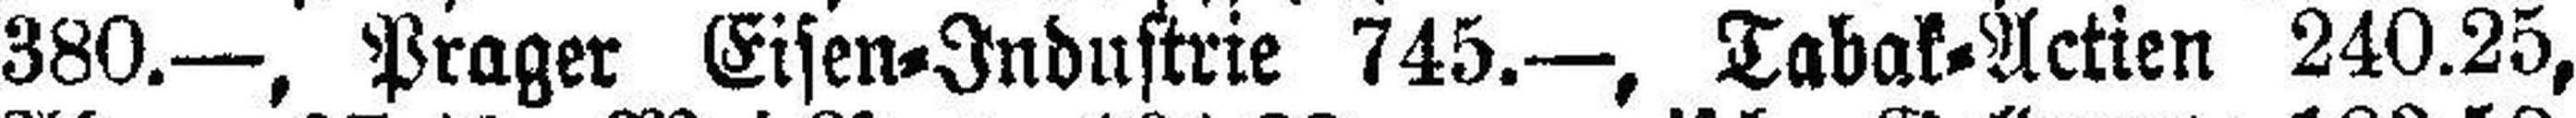
380.—, Prager Eisen=Industrie 745.—, Tabak=Actien 240.25,